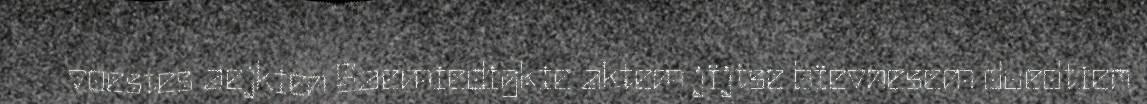
voestes aejkien Saemiedigkie aktem jïjtse bïevnesem duedtien